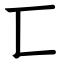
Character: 匸